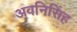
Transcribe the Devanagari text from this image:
अवनिसिंह